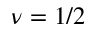
\nu = 1 / 2